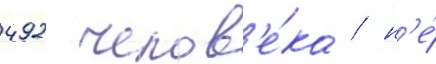
492 челов'е́ка / н'е́